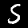
Digit: 5